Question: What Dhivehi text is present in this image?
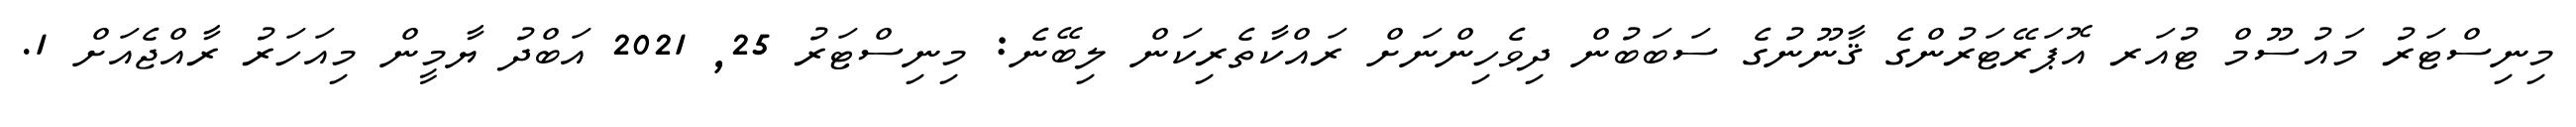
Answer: މިނިސްޓަރު މައުސޫމް ޓުއަރ އޮޕަރޭޓަރުންގެ ޤާނޫނުގެ ސަބަބުން ދިވެހިންނަށް ރައްކާތެރިކަން ލިބޭނެ: މިނިސްޓަރު 25, 2021 އަބްދު ޔާމީން މިއަހަރު ރާއްޖެއަށް 1.